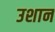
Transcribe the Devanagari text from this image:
उशान